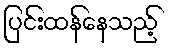
ပြင်းထန်နေသည့်